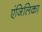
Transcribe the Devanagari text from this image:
एंजिलिका